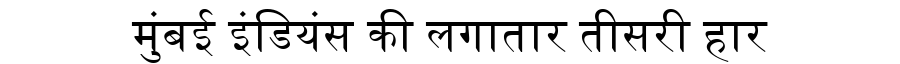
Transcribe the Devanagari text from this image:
मुंबई इंडियंस की लगातार तीसरी हार